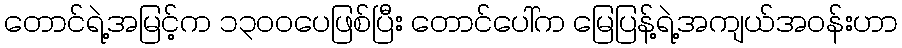
တောင်ရဲ့အမြင့်က ၁၃၀၀ပေဖြစ်ပြီး တောင်ပေါ်က မြေပြန့်ရဲ့အကျယ်အဝန်းဟာ